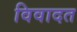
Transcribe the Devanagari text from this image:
विवादत